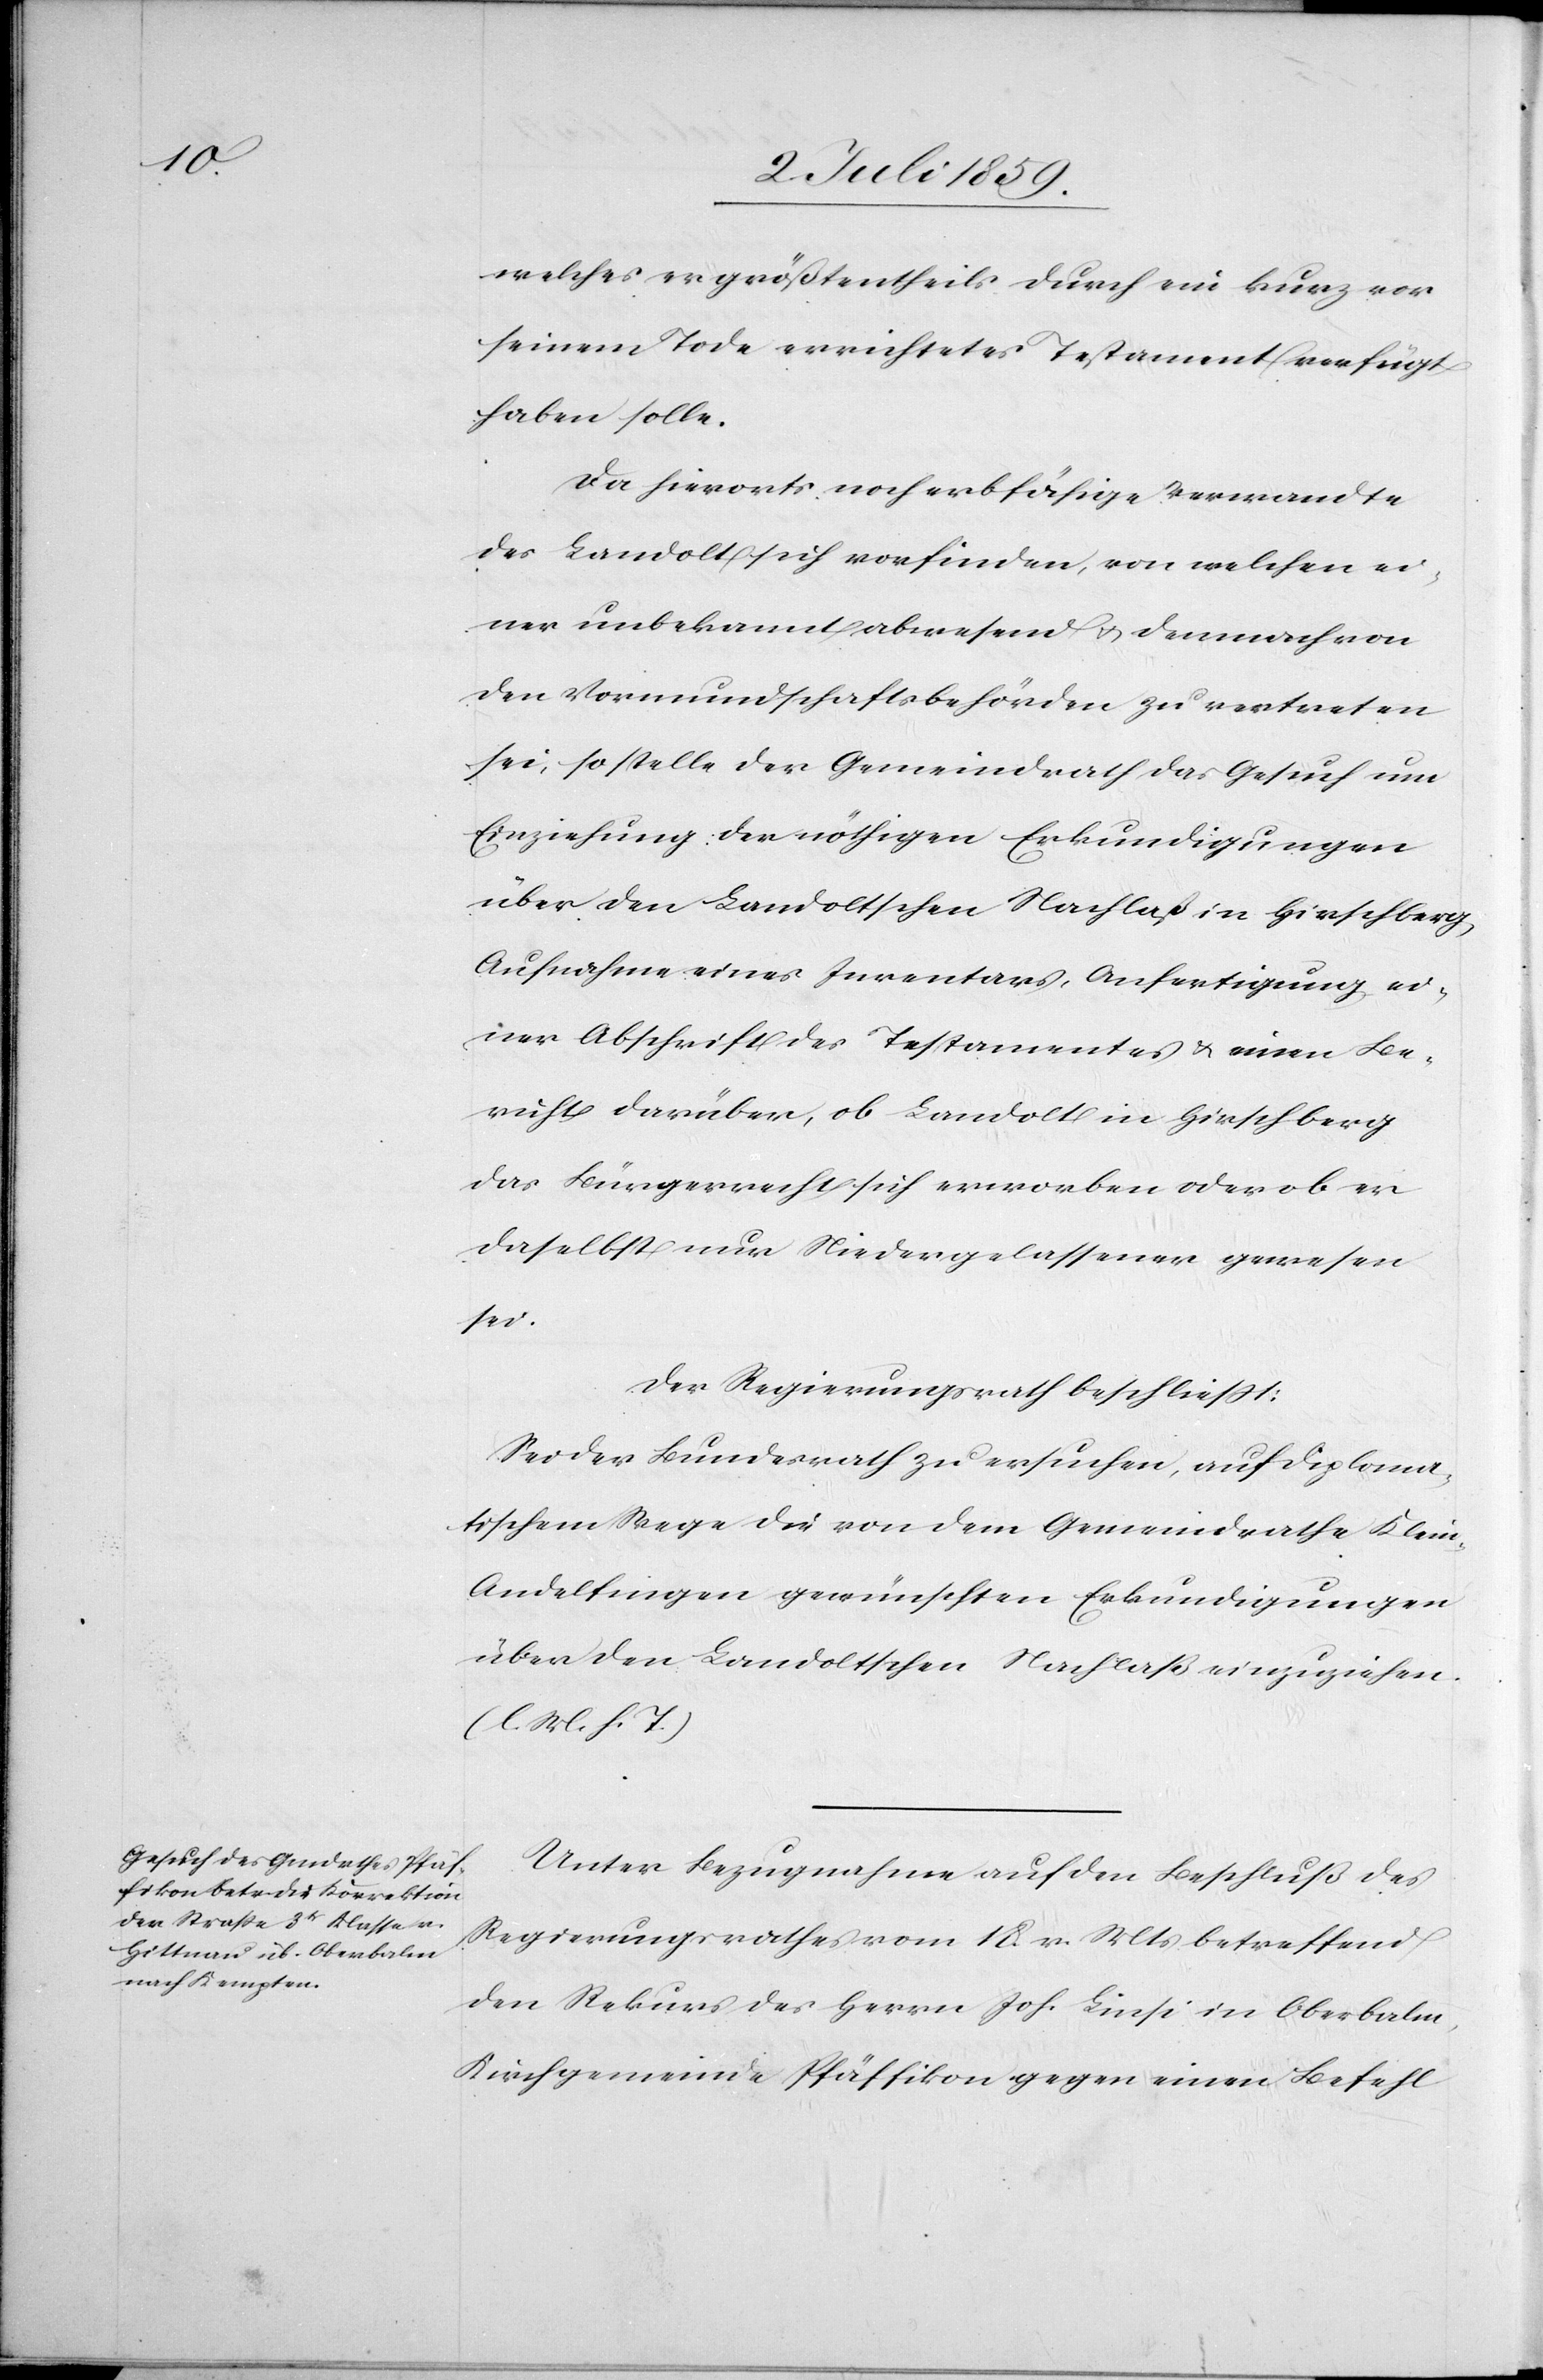
welches er größtentheils durch ein kurz vor
seinem Tode errichtetes Testament verfügt
haben solle.
Da hierorts noch erbfähige Verwandte
des Landolt sich vorfinden, von welchen ei¬
ner unbekannt abwesend u. demnach von
den Vormundschaftsbehörden zu vertreten
sei, so stelle der Gemeindrath das Gesuch um
Einziehung der nöthigen Erkundigungen
über den Landoltschen Nachlaß in Hirschberg,
Aufnahme eines Inventars, Anfertigung ei¬
ner Abschrift des Testamentes u. einen Be¬
richt darüber, ob Landolt in Hirschberg
das Bürgerrecht sich erworben oder ob er
daselbst nur Niedergelassener gewesen
sei.
Der Regierungsrath beschliesst:
Sei der Bundesrath zu ersuchen, auf diploma¬
tischem Wege die von dem Gemeindrathe Klei¬
n-Andelfingen gewünschten Erkundigungen
über den Landoltschen Nachlaß einzuziehen.
(l. M. h. T.)
Unter Bezugnahme auf den Beschluß des
Regierungsrathes vom 18. .Mts betreffend
den Rekurs des Herrn Joh. Linsi in Oberbalm,
Kirchgemeinde Pfäffikon gegen einen Befehl